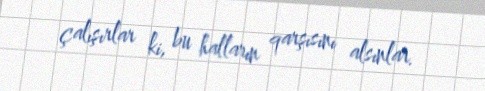
çalışırlar ki, bu halların qarşısını alsınlar.